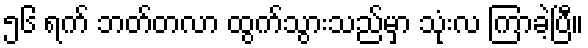
၅၆ ရက် ဘတ်တလာ ထွက်သွားသည်မှာ သုံးလ ကြာခဲ့ပြီ။